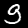
Label: 9